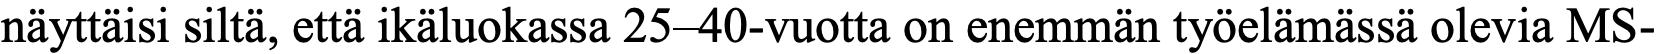
näyttäisi siltä, että ikäluokassa 25–40-vuotta on enemmän työelämässä olevia MS-